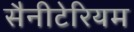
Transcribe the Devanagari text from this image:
सैनीटेरियम